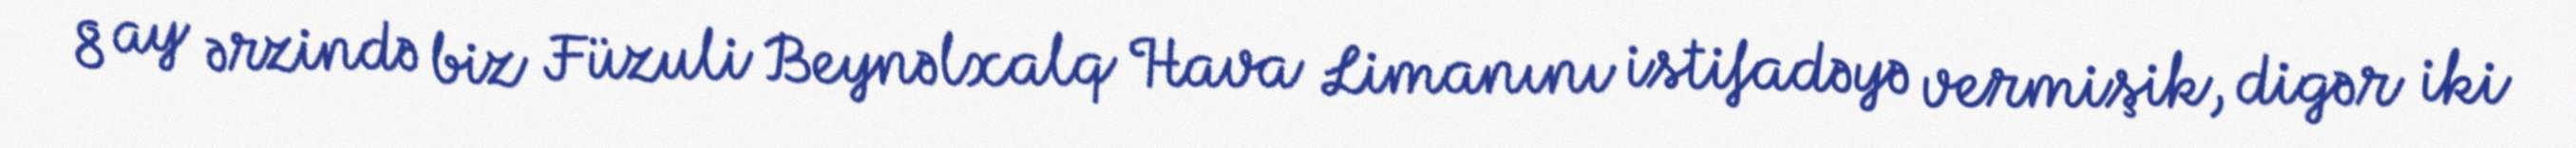
8 ay ərzində biz Füzuli Beynəlxalq Hava Limanını istifadəyə vermişik, digər iki